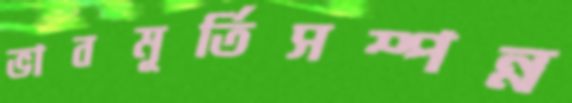
ভাবমূর্তিসম্পন্ন